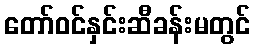
တော်ဝင်နှင်းဆီခန်းမတွင်